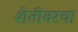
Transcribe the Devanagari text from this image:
शेतीवरचा